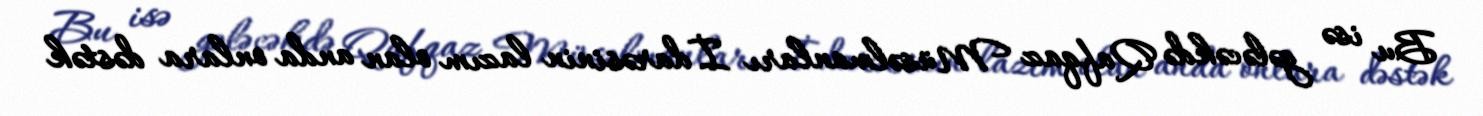
Bu isə gələcəkdə Qafqaz Müsəlmanları İdarəsinin lazım olan anda onlara dəstək